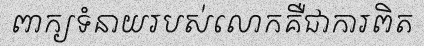
ពាក្យទំនាយរបស់លោកគឺជាការពិត